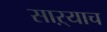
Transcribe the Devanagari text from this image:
साऱ्याच